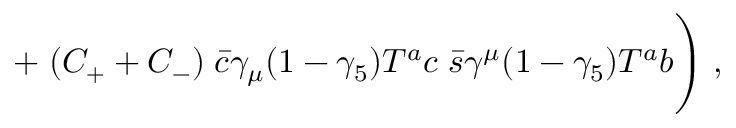
{ \quad \quad \quad \quad \quad \quad \quad \; + \; ( C _ { + } + C _ { - } ) \; { \bar { c } } \gamma _ { \mu } ( 1 - \gamma _ { 5 } ) T ^ { a } c \; { \bar { s } } \gamma ^ { \mu } ( 1 - \gamma _ { 5 } ) T ^ { a } b \Bigg ) \; , }